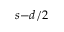
s \mathrm { - } d / 2